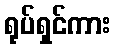
ရုပ်ရှင်ကား